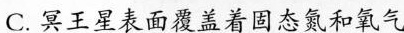
C. 冥王星表面覆盖着固态氮和氧气